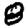
Digit: 8